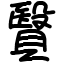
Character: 贀